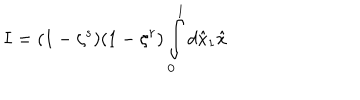
I = ( 1 - \zeta ^ { s } ) ( 1 - \zeta ^ { r } ) \int _ { 0 } ^ { 1 } d \hat { x } _ { 1 } \hat { x }